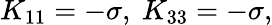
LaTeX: K_{11}=-\sigma,\ K_{33}=-\sigma,